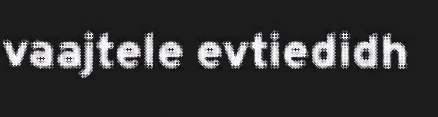
vaajtele evtiedidh